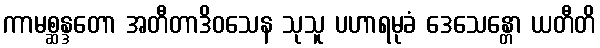
ကာမစ္ဆန္ဒတော အတီတာဒိဝသေန သုသူ ပဟာရမုခံ ဒေသေန္တော ယတီတိ